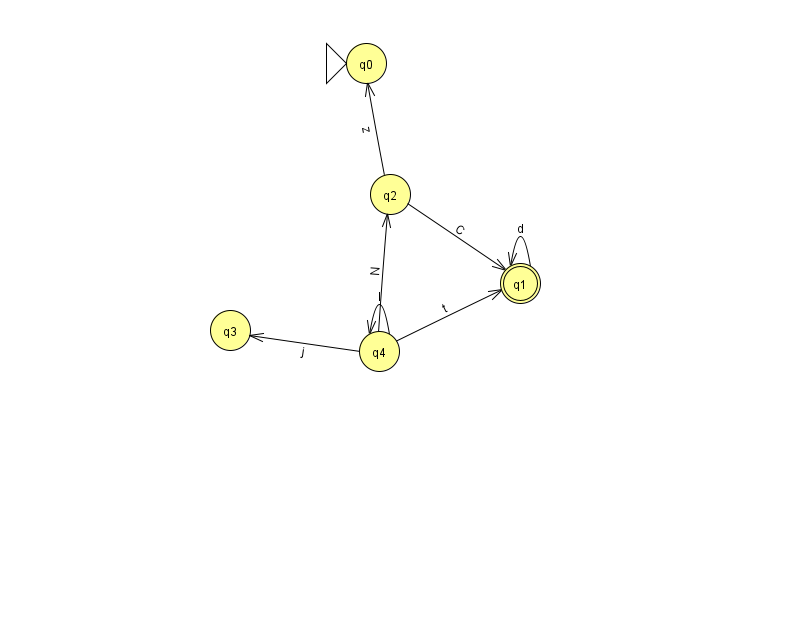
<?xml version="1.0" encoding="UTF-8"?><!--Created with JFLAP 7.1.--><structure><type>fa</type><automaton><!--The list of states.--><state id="0" name="q0"><x>366.0</x><y>50.0</y><initial/></state><state id="1" name="q1"><x>520.0</x><y>270.0</y><final/></state><state id="2" name="q2"><x>390.0</x><y>181.0</y></state><state id="3" name="q3"><x>230.0</x><y>317.0</y></state><state id="4" name="q4"><x>379.0</x><y>338.0</y></state><!--The list of transitions.--><transition><from>1</from><to>1</to><read>d</read></transition><transition><from>4</from><to>3</to><read>j</read></transition><transition><from>2</from><to>0</to><read>z</read></transition><transition><from>4</from><to>2</to><read>N</read></transition><transition><from>2</from><to>1</to><read>C</read></transition><transition><from>4</from><to>4</to><read>l</read></transition><transition><from>4</from><to>1</to><read>t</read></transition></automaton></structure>